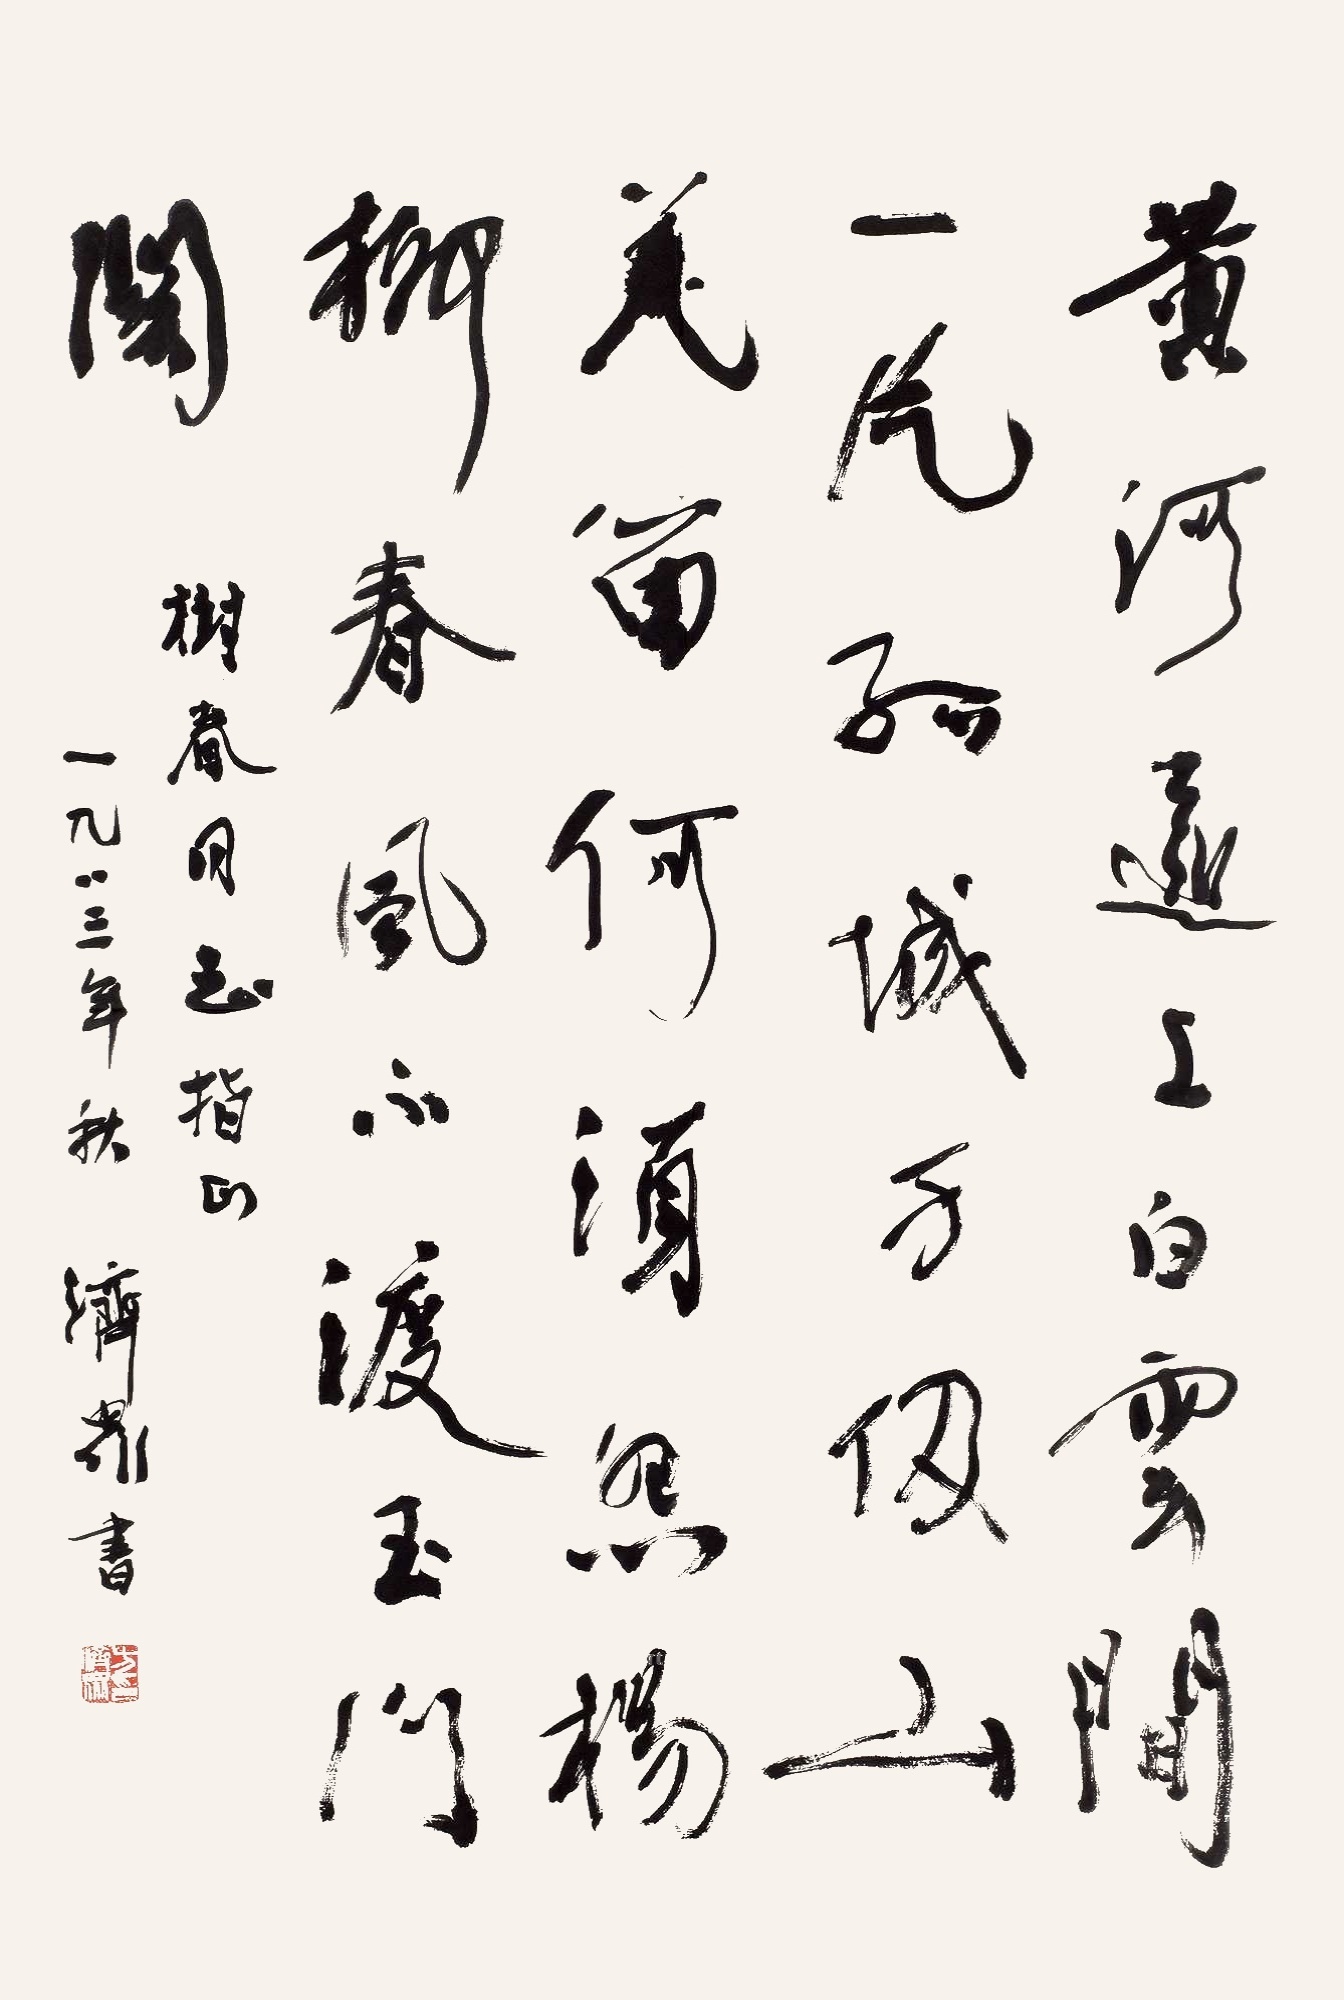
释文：黄河远上白云间，一片孤城万仞山。羌笛何须怨杨柳，春风不度玉门关。树春同志指正一九八三年秋济众书